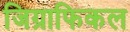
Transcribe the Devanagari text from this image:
जिग्राफिकल